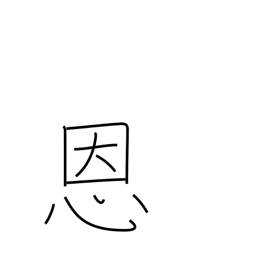
Meaning: blessing